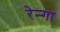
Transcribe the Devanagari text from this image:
रेन्गा